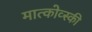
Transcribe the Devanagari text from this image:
मात्कोव्स्की